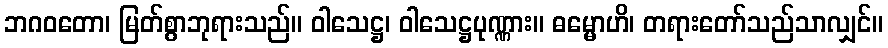
ဘဂဝတော၊ မြတ်စွာဘုရားသည်။ ဝါသေဋ္ဌ၊ ဝါသေဋ္ဌပုဏ္ဏား။ ဓမ္မောဟိ၊ တရားတော်သည်သာလျှင်။